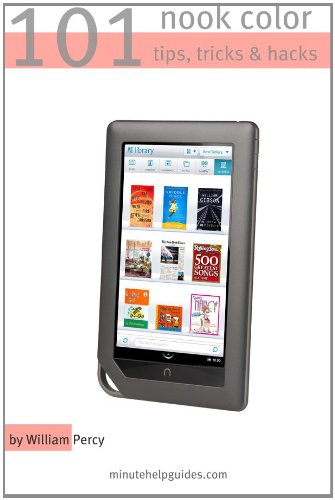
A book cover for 101 Nook Color Tips, Tricks, and Hacks: The Unofficial Guide to Getting the Most Out of the Newest Nook eReader By William Percy; Minute Help Guides; Computers & Technology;